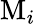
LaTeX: \textrm{M}_{i}